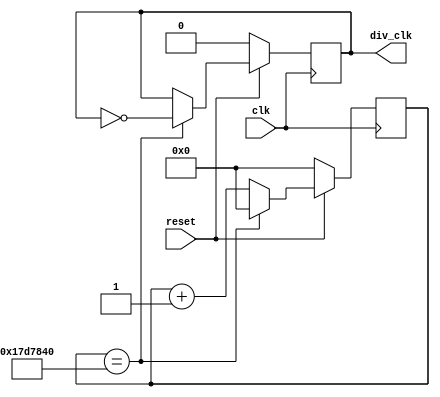
`define TimeExpire 32'd25000000
module clk_div(clk, reset, div_clk);
input clk, reset;
output reg div_clk;
reg [31:0] count;

always@(posedge clk)
begin
	if(reset) // reset == 1
	begin 
		if(count == `TimeExpire)
		begin
			count <= 32'd0;
			div_clk <= ~div_clk;
		end
		else
		begin
			count <= count + 32'd1;
		end
	end
	else // reset == 0
	begin
		count <= 32'd0;
		div_clk <= 1'b0;
	end
end
endmodule